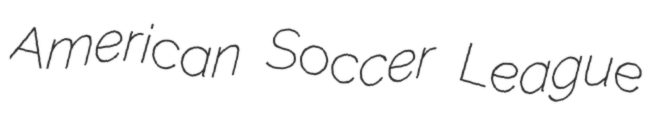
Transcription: American Soccer League